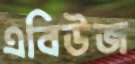
এবিউজ